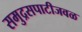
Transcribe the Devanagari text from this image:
समुद्रसपाटीजवळ